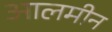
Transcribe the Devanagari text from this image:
आलमीन